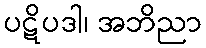
ပဋိပဒါ၊ အဘိညာ